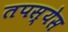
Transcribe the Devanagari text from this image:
तपस्येस